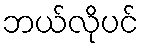
ဘယ်လိုပင်